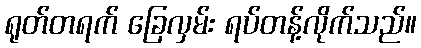
ရုတ်တရက် ခြေလှမ်း ရပ်တန့်လိုက်သည်။